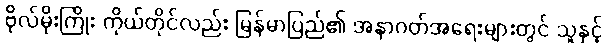
ဗိုလ်မိုးကြိုး ကိုယ်တိုင်လည်း မြန်မာပြည်၏ အနာဂတ်အရေးများတွင် သူနှင့်